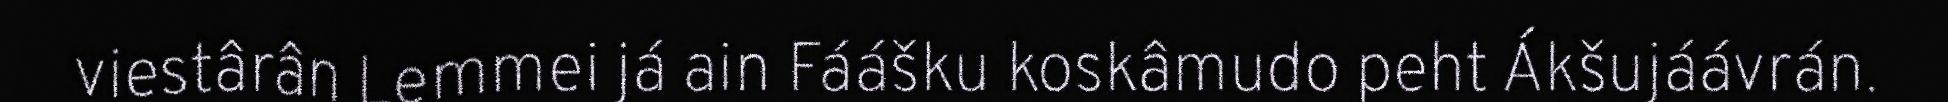
viestârân Lemmei já ain Fáášku koskâmudo peht Ákšujáávrán.